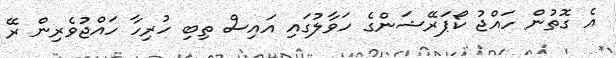
އެ ގޮތުން ހައްޖު ކޯޕަރޭޝަންގެ ހަވާލުގައި އައިސް ތިބި ހުރިހާ ހައްޖުވެރިން ރޭ